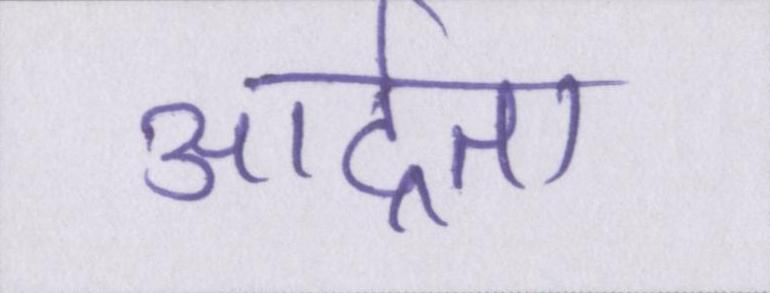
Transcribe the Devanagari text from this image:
आर्द्रता